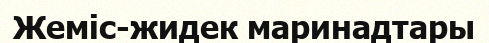
Жеміс-жидек маринадтары